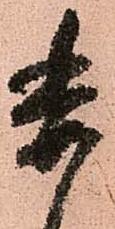
委